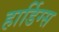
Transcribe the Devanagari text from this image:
हार्डिग्स